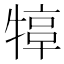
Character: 𤚮